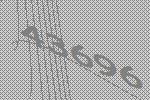
43696